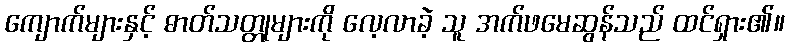
ကျောက်များနှင့် ဓာတ်သတ္တုများကို လေ့လာခဲ့ သူ အက်ဖမေဆွန်သည် ထင်ရှား၏။